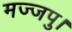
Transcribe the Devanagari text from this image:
मज्जपु।